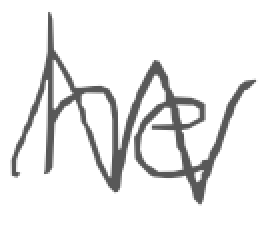
Text: he
Cross-out: zig-zag
Writing tool: digital_gray